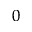
^ { 0 }